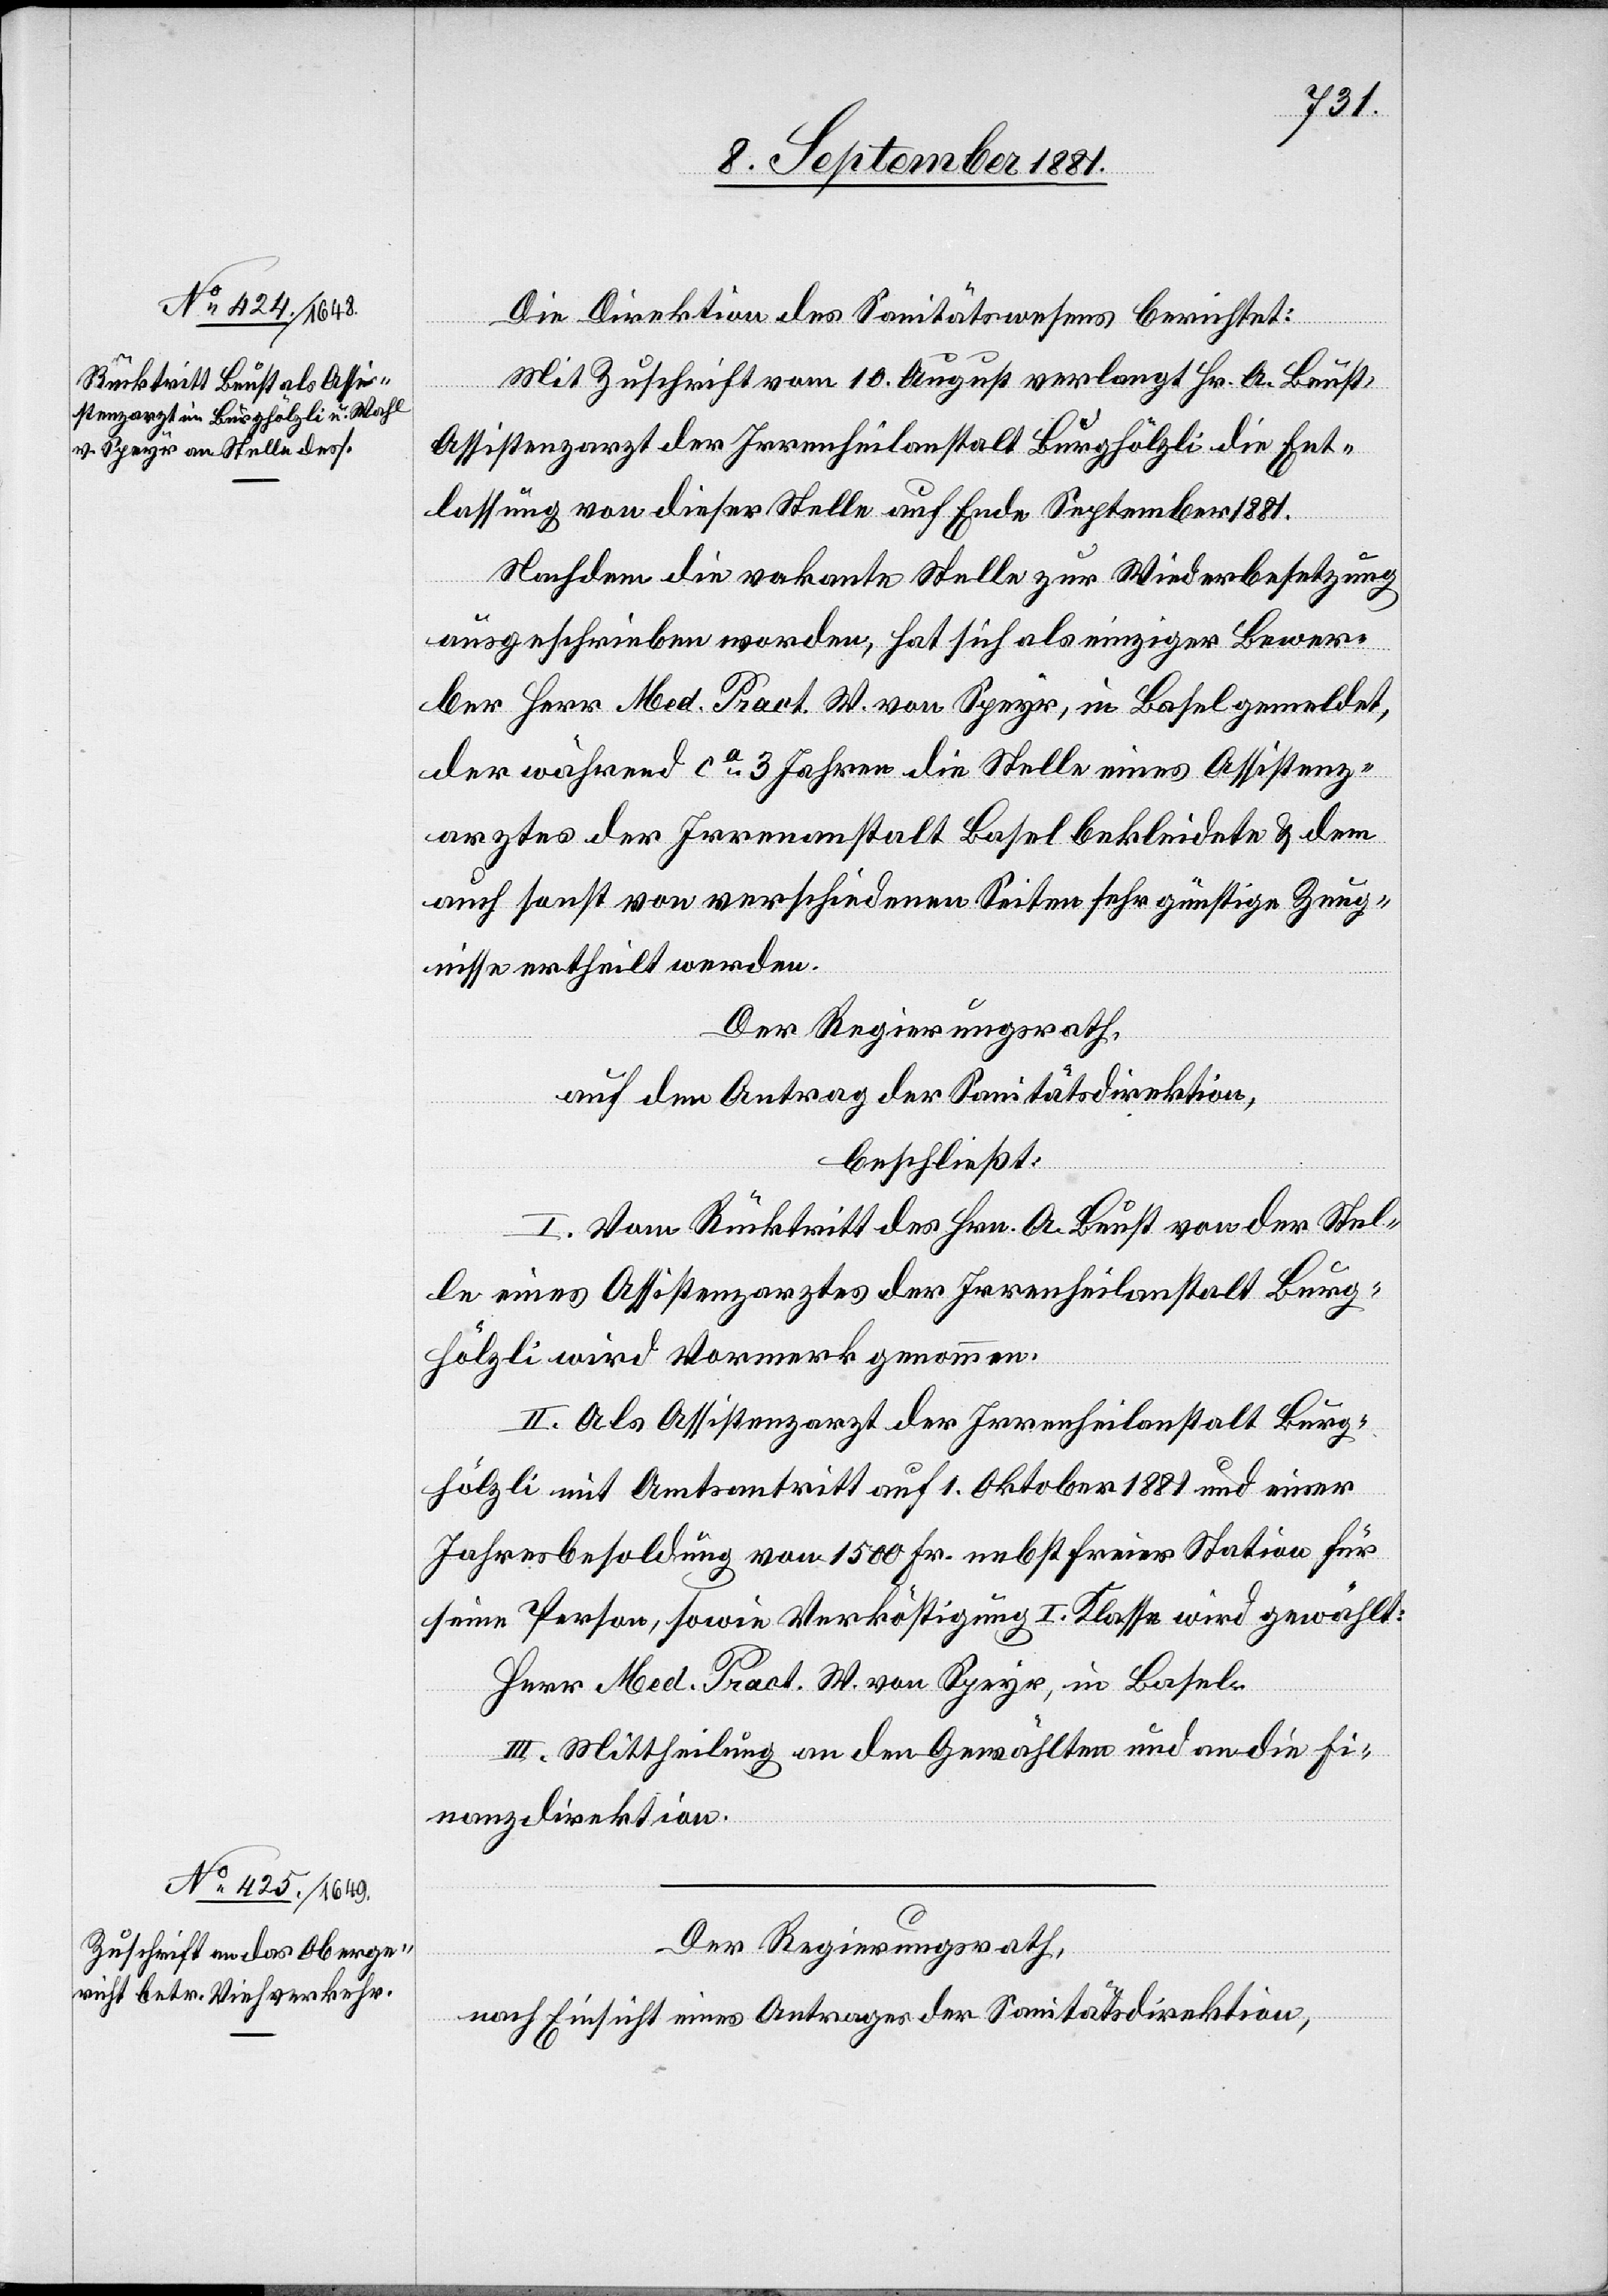
Die Direktion des Sanitätswesens berichtet:
Mit Zuschrift vom 10. August verlangt Hr. A. Beust,
Assistenzarzt der Irrenheilanstalt Burghölzli die Ent¬
lassung von dieser Stelle auf Ende September 1881.
Nachdem die vakante Stelle zur Wiederbesetzung
ausgeschrieben worden, hat sich als einziger Bewer¬
ber Herr Med. Pract. W von Speyr, in Basel gemeldet,
der während ca 3 Jahren die Stelle eines Assistenz¬
arztes der Irrenanstalt Basel bekleidete & dem
auch sonst von verschiedenen Seiten sehr günstige Zeug¬
nisse ertheilt werden.
Der Regierungsrath,
auf den Antrag der Sanitätsdirektion,
beschließt:
I. Vom Rücktritt des Hrn. A. Beust von der Stel¬
le eines Assistenzarztes der Irrenheilanstalt Burg¬
hölzli wird Vormerk genommen.
II. Als Assistenzarzt der Irrenheilanstalt Burg¬
hölzli mit Amtsantritt auf 1. Oktober 1881 und einer
Jahrbesoldung von 1500 Fr. nebst seiner Station für
seine Person, sowie Verköstigung I. Klasse wird gewählt:
Herr Med. Pract. W. von Speyr, in Basel.
III. Mittheilung an den Gewählten und an die Fi¬
nanzdirektion.
Der Regierungsrath,
nach Einsicht eines Antrages der Sanitätsdirektion,